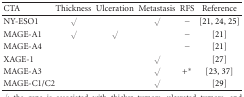
| CTA | Thickness | Ulceration | Metastasis | RFS | Reference |
 | --- | --- | --- | --- | --- | --- |
 | NY-ESO1 | √ |  | √ | − | [21, 24, 25] |
 | MAGE-A1 | √ | √ |  | − | [21] |
 | MAGE-A4 |  |  |  | − | [21] |
 | XAGE-1 |  |  | √ |  | [27] |
 | MAGE-A3 |  |  | √ | +* | [23, 37] |
 | MAGE-C1/C2 |  |  | √ |  | [29] |